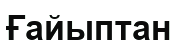
Ғайыптан